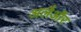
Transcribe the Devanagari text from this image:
अलैऑर